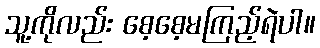
သူ့ကိုလည်း စေ့စေ့မကြည့်ရဲပါ။